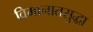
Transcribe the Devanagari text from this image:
विमानातसुद्धा